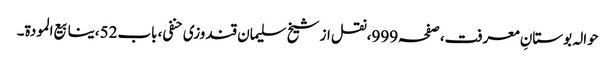
حوالہ بوستانِ معرفت،صفحہ999،نقل از شیخ سلیمان قندوزی حنفی، باب52،ینابیع المودة۔